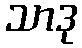
သာဒု